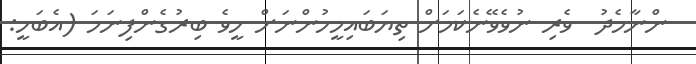
ންނާމެދު  ވެރި ނުވެވޭނެކަމަށް ތިޔަބައިމީހުންނަށް ހީވެ ބިރުގެންފިނަމަ (އެބަހީ: